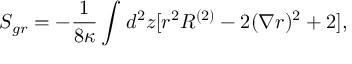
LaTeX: S _ { g r } = - { \frac { 1 } { 8 \kappa } } \int _ { } ^ { } d ^ { 2 } z [ r ^ { 2 } R ^ { ( 2 ) } - 2 ( \nabla r ) ^ { 2 } + 2 ] ,